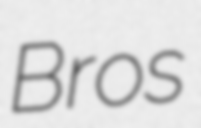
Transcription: Bros